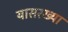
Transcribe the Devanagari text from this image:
यासरख्या